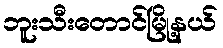
ဘူးသီးတောင်မြို့နယ်